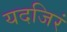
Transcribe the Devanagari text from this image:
यदजिरं